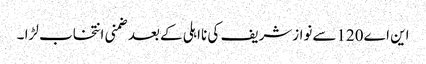
این اے120سےنوازشریف کی نااہلی کےبعدضمنی انتخاب لڑا ۔